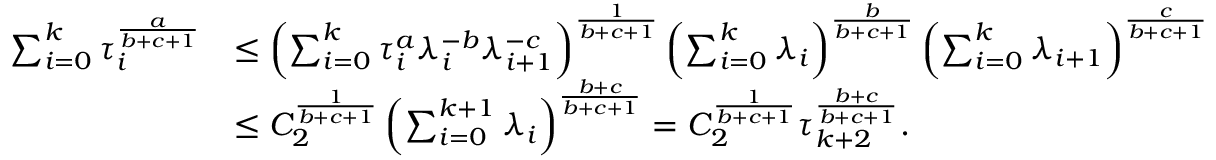
\begin{array} { r l } { \sum _ { i = 0 } ^ { k } \tau _ { i } ^ { \frac { a } { b + c + 1 } } } & { \leq \left( \sum _ { i = 0 } ^ { k } \tau _ { i } ^ { a } \lambda _ { i } ^ { - b } \lambda _ { i + 1 } ^ { - c } \right) ^ { \frac { 1 } { b + c + 1 } } \left( \sum _ { i = 0 } ^ { k } \lambda _ { i } \right) ^ { \frac { b } { b + c + 1 } } \left( \sum _ { i = 0 } ^ { k } \lambda _ { i + 1 } \right) ^ { \frac { c } { b + c + 1 } } } \\ & { \leq C _ { 2 } ^ { \frac { 1 } { b + c + 1 } } \left( \sum _ { i = 0 } ^ { k + 1 } \lambda _ { i } \right) ^ { \frac { b + c } { b + c + 1 } } = C _ { 2 } ^ { \frac { 1 } { b + c + 1 } } \tau _ { k + 2 } ^ { \frac { b + c } { b + c + 1 } } . } \end{array}